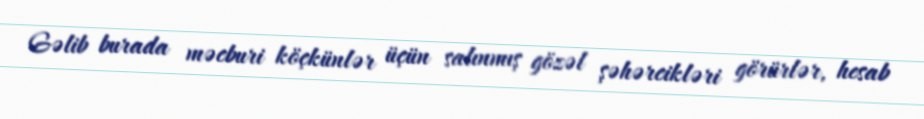
Gəlib burada məcburi köçkünlər üçün salınmış gözəl şəhərcikləri görürlər, hesab